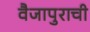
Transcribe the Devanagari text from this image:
वैजापुराची